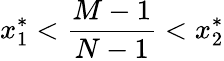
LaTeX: x_{1}^{*}<\frac{M-1}{N-1}<x_{2}^{*}